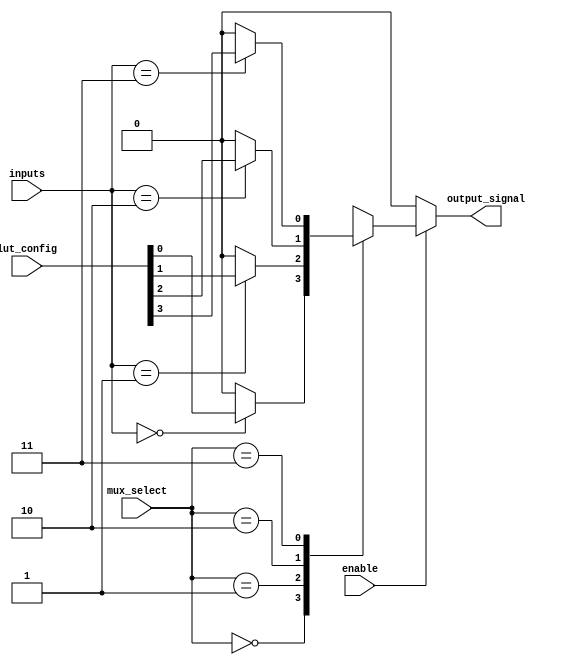
module CLB #(
    parameter NUM_INPUTS = 4,
    parameter LUT_SIZE = 16 // LUT can store 2^NUM_INPUTS entries
)(
    input wire [NUM_INPUTS-1:0] inputs,        // Input signals
    input wire [LUT_SIZE-1:0] lut_config,      // Configuration memory for LUT
    input wire [1:0] mux_select,               // MUX select control signals
    input wire enable,                          // Enable signal
    output reg output_signal                    // Output signal
);

// LUT implementation
wire [LUT_SIZE-1:0] lut_out;

// Generate the LUT output based on inputs and configuration
genvar i;
generate
    for (i = 0; i < LUT_SIZE; i = i + 1) begin : lut
        assign lut_out[i] = (inputs == i) ? lut_config[i] : 1'b0;
    end
endgenerate

// MUX to select output
always @(*) begin
    if (enable) begin
        case (mux_select)
            2'b00: output_signal = lut_out[0]; // Select LUT output 0
            2'b01: output_signal = lut_out[1]; // Select LUT output 1
            2'b10: output_signal = lut_out[2]; // Select LUT output 2
            2'b11: output_signal = lut_out[3]; // Select LUT output 3
            default: output_signal = 1'b0;
        endcase
    end else begin
        output_signal = 1'b0; // Disable output if enable is not active
    end
end

endmodule